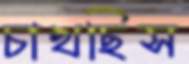
চাখছিস